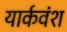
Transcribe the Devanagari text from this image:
यार्कवंश